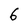
Character: 6